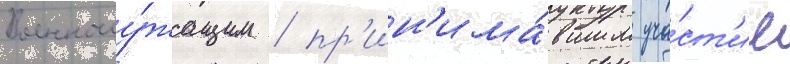
Военнослу́жащим / пр'ин'има́вшим уча́ст'ие